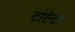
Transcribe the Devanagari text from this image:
टोरॅन्टो